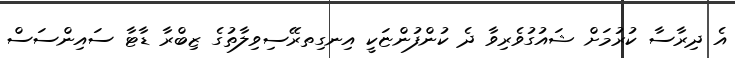
އެ ދިރާސާ ކުރުމަށް ޝައުގުވެރިވާ ދެ ކުންފުންޏަކީ އިނގިތރޭސިވިލާތުގެ ޒިބްރާ ޑާޓާ ސައިންސަސް